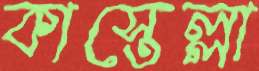
কাস্তেল্লা